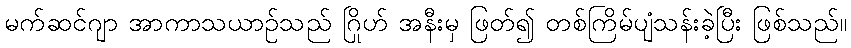
မက်ဆင်ဂျာ အာကာသယာဉ်သည် ဂြိုဟ် အနီးမှ ဖြတ်၍ တစ်ကြိမ်ပျံသန်းခဲ့ပြီး ဖြစ်သည်။